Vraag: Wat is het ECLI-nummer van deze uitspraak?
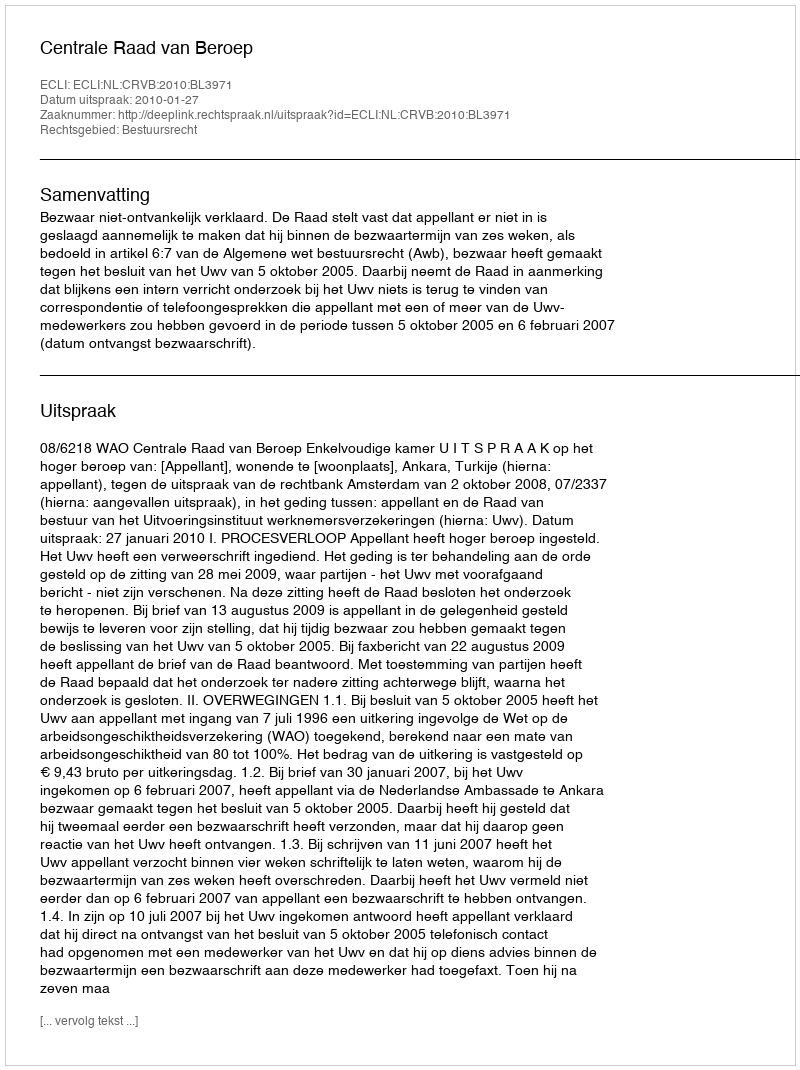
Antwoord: ECLI:NL:CRVB:2010:BL3971